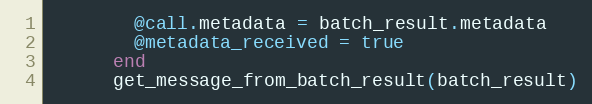
Language: Ruby
        @call.metadata = batch_result.metadata
        @metadata_received = true
      end
      get_message_from_batch_result(batch_result)